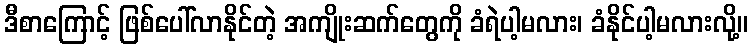
ဒီစာကြောင့် ဖြစ်ပေါ်လာနိုင်တဲ့ အကျိုးဆက်တွေကို ခံရဲပါ့မလား၊ ခံနိုင်ပါ့မလားလို့။